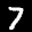
Label: 7